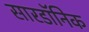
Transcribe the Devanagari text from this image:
सारडॉनिक